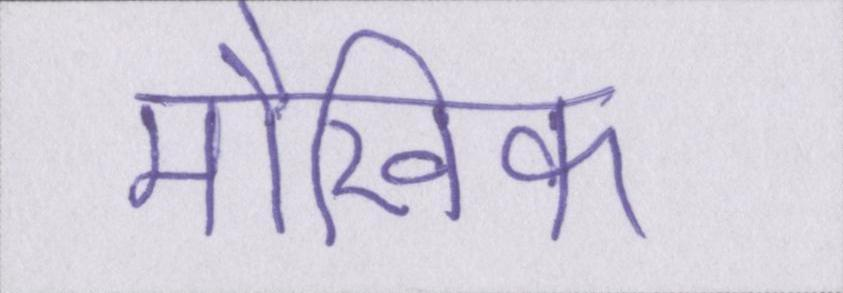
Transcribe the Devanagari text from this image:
मौखिक